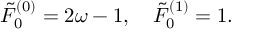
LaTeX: \tilde { F } _ { 0 } ^ { ( 0 ) } = 2 \omega - 1 , \quad \tilde { F } _ { 0 } ^ { ( 1 ) } = 1 .